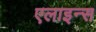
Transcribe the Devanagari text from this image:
एलाइन्स